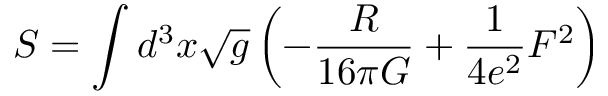
S = \int d ^ { 3 } x \sqrt { g } \left( - { \frac { R } { 1 6 \pi G } } + { \frac { 1 } { 4 e ^ { 2 } } } F ^ { 2 } \right)